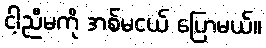
ငါ့ညီမကို အစ်မငယ် ပြောမယ်။